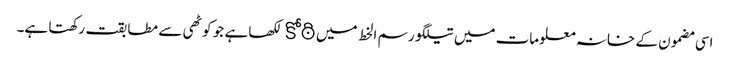
اسی مضمون کے خانہ معلومات میں تیلگو رسم الخط میں కోఠి لکھا ہے جو کوٹھی سے مطابقت رکھتا ہے۔